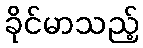
ခိုင်မာသည့်